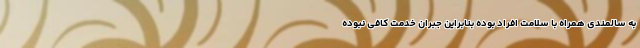
به سالمندی همراه با سلامت افراد بوده بنابراین جبران خدمت کافی نبوده